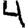
Digit: 4